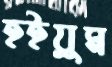
হইয়ুম